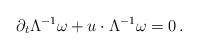
LaTeX: \begin{align*}\partial_t \Lambda ^{-1} \omega + u \cdot \Lambda^{-1} \omega =0 \,.\end{align*}